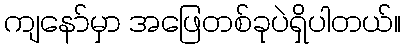
ကျနော်မှာ အဖြေတစ်ခုပဲရှိပါတယ်။